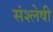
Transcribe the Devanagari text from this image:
संश्लेषी